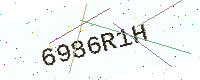
Text: 6986R1H